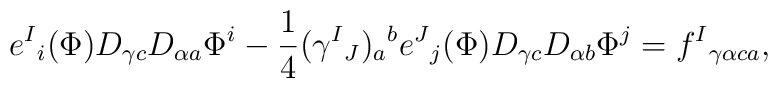
e^{I}{}_{i}(\Phi)D_{\gamma c}D_{\alpha  a }\Phi^{i}-{\frac{1}{4}}(\gamma^{I}{}_{J})_{ a }{}^{ b  }e^{J}{}_{j}(\Phi)D_{\gamma c}D_{\alpha  b  }\Phi^{j}=f^{I}{}_{\gamma\alpha c  a },